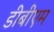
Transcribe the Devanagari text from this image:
डीबीएम